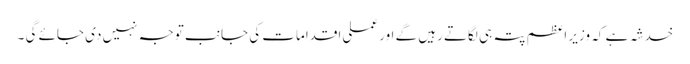
خدشہ ہے کہ وزیر اعظم پتہ ہی لگاتے رہیں گے اور عملی اقدامات کی جانب توجہ نہیں دی جائے گی ۔